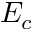
E _ { c }